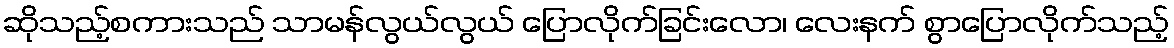
ဆိုသည့်စကားသည် သာမန်လွယ်လွယ် ပြောလိုက်ခြင်းလော၊ လေးနက် စွာပြောလိုက်သည့်